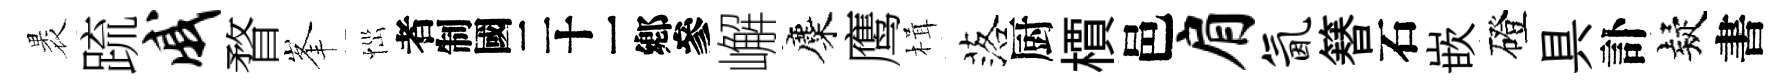
褁䟽戚瞀峯𢙉识嶰麋鹰楫落厨檟邑肩氤簮石嵌磴具訃疑書